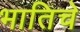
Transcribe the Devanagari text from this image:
भातिचे